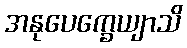
အနုပေက္ခေယျာသိ